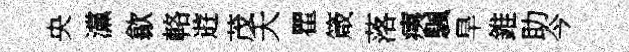
央灙歙輅逰茂夭瞿箴落痍颿旱錐助今